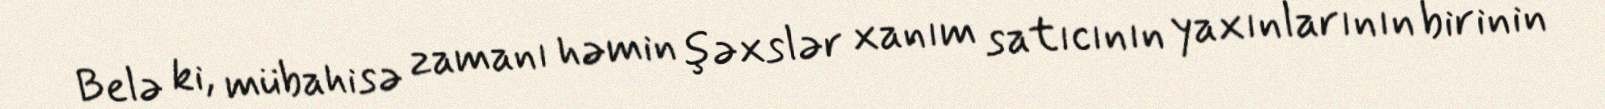
Belə ki, mübahisə zamanı həmin şəxslər xanım satıcının yaxınlarının birinin